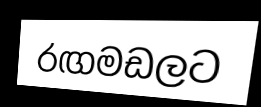
රඟමඩලට